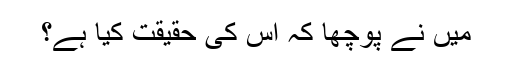
میں نے پوچھا کہ اس کی حقیقت کیا ہے؟